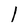
Character: l